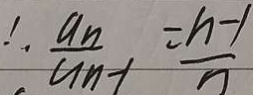
\therefore \frac { a _ { n } } { a _ { n } - 1 } = \frac { n - 1 } { n }